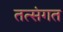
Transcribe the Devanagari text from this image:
तत्संगत